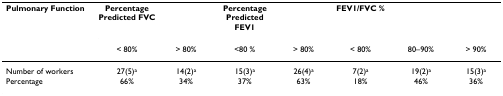
<table><thead><tr><td><b>Pulmonary Function</b></td><td><b>Percentage Predicted FVC</b></td><td></td><td><b>Percentage Predicted FEV1</b></td><td></td><td><b>FEV1/FVC %</b></td><td></td><td></td></tr><tr><td></td><td><b>&lt; 80%</b></td><td><b>&gt; 80%</b></td><td><b>&lt;80 %</b></td><td><b>&gt; 80%</b></td><td><b>&lt; 80%</b></td><td><b>80–90%</b></td><td><b>&gt; 90%</b></td></tr></thead><tbody><tr><td>Number of workers</td><td>27(5)<sup>a</sup></td><td>14(2)<sup>a</sup></td><td>15(3)<sup>a</sup></td><td>26(4)<sup>a</sup></td><td>7(2)<sup>a</sup></td><td>19(2)<sup>a</sup></td><td>15(3)<sup>a</sup></td></tr><tr><td>Percentage</td><td>66%</td><td>34%</td><td>37%</td><td>63%</td><td>18%</td><td>46%</td><td>36%</td></tr></tbody></table>